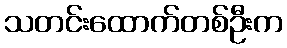
သတင်းထောက်တစ်ဦးက